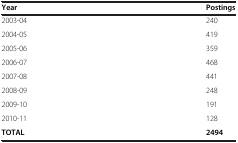
| Year | Postings |
 | --- | --- |
 | 2003-04 | 240 |
 | 2004-05 | 419 |
 | 2005-06 | 359 |
 | 2006-07 | 468 |
 | 2007-08 | 441 |
 | 2008-09 | 248 |
 | 2009-10 | 191 |
 | 2010-11 | 128 |
 | TOTAL | 2494 |